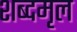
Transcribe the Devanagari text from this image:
शब्दमृल